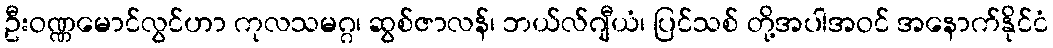
ဦးဝဏ္ဏမောင်လွင်ဟာ ကုလသမဂ္ဂ၊ ဆွစ်ဇာလန်၊ ဘယ်လ်ဂျီယံ၊ ပြင်သစ် တို့အပါအဝင် အနောက်နိုင်ငံ